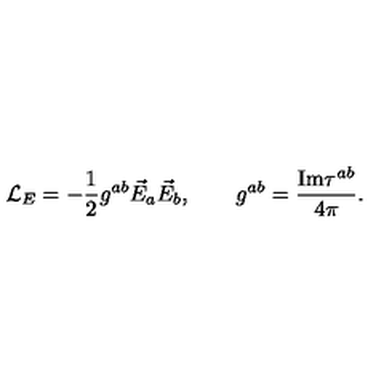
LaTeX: { \cal L } _ { E } = - \frac { 1 } { 2 } g ^ { a b } \vec { E } _ { a } \vec { E } _ { b } , \qquad g ^ { a b } = \frac { \mathrm { I m } \tau ^ { a b } } { 4 \pi } .